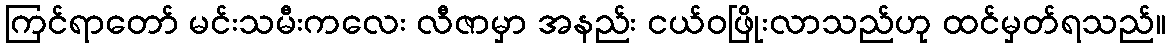
ကြင်ရာတော် မင်းသမီးကလေး လီဇာမှာ အနည်း ငယ်ဝဖြိုးလာသည်ဟု ထင်မှတ်ရသည်။